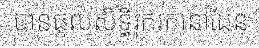
បានផ្តល់សិទ្ធិរុករកនៅដែន